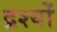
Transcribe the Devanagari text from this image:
द्रश्‍यों